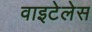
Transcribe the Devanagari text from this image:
वाइटेलेस